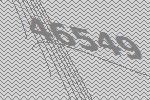
46549